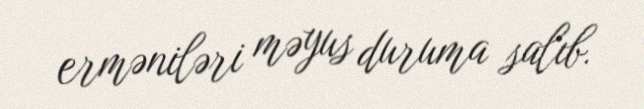
erməniləri məyus duruma salıb.